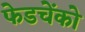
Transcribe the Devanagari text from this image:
फेडचेंको